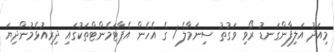
މިއަދު އަލިފާންގަނޑު ރޯވި ވަގުތު ސިނަމާލެ 1 ގެ އެހެން އެޕާޓަމެންޓްތަކުގައި ދިރިއުޅެމުންދިޔަ